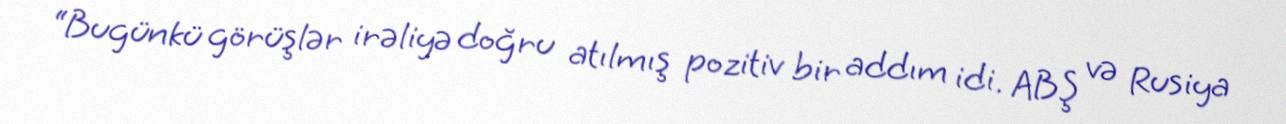
“Bugünkü görüşlər irəliyə doğru atılmış pozitiv bir addım idi. ABŞ və Rusiya